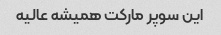
این سوپر مارکت همیشه عالیه